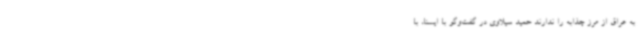
به عراق از مرز چذابه را ندارند حمید سیلاوی در گفت‌وگو با ایسنا، با